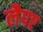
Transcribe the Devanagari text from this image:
लैपए